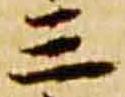
三